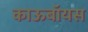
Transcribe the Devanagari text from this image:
काऊबॉयस